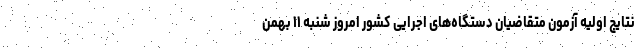
نتایج اولیه آزمون متقاضیان دستگاه‌های اجرایی کشور امروز شنبه ۱۱ بهمن